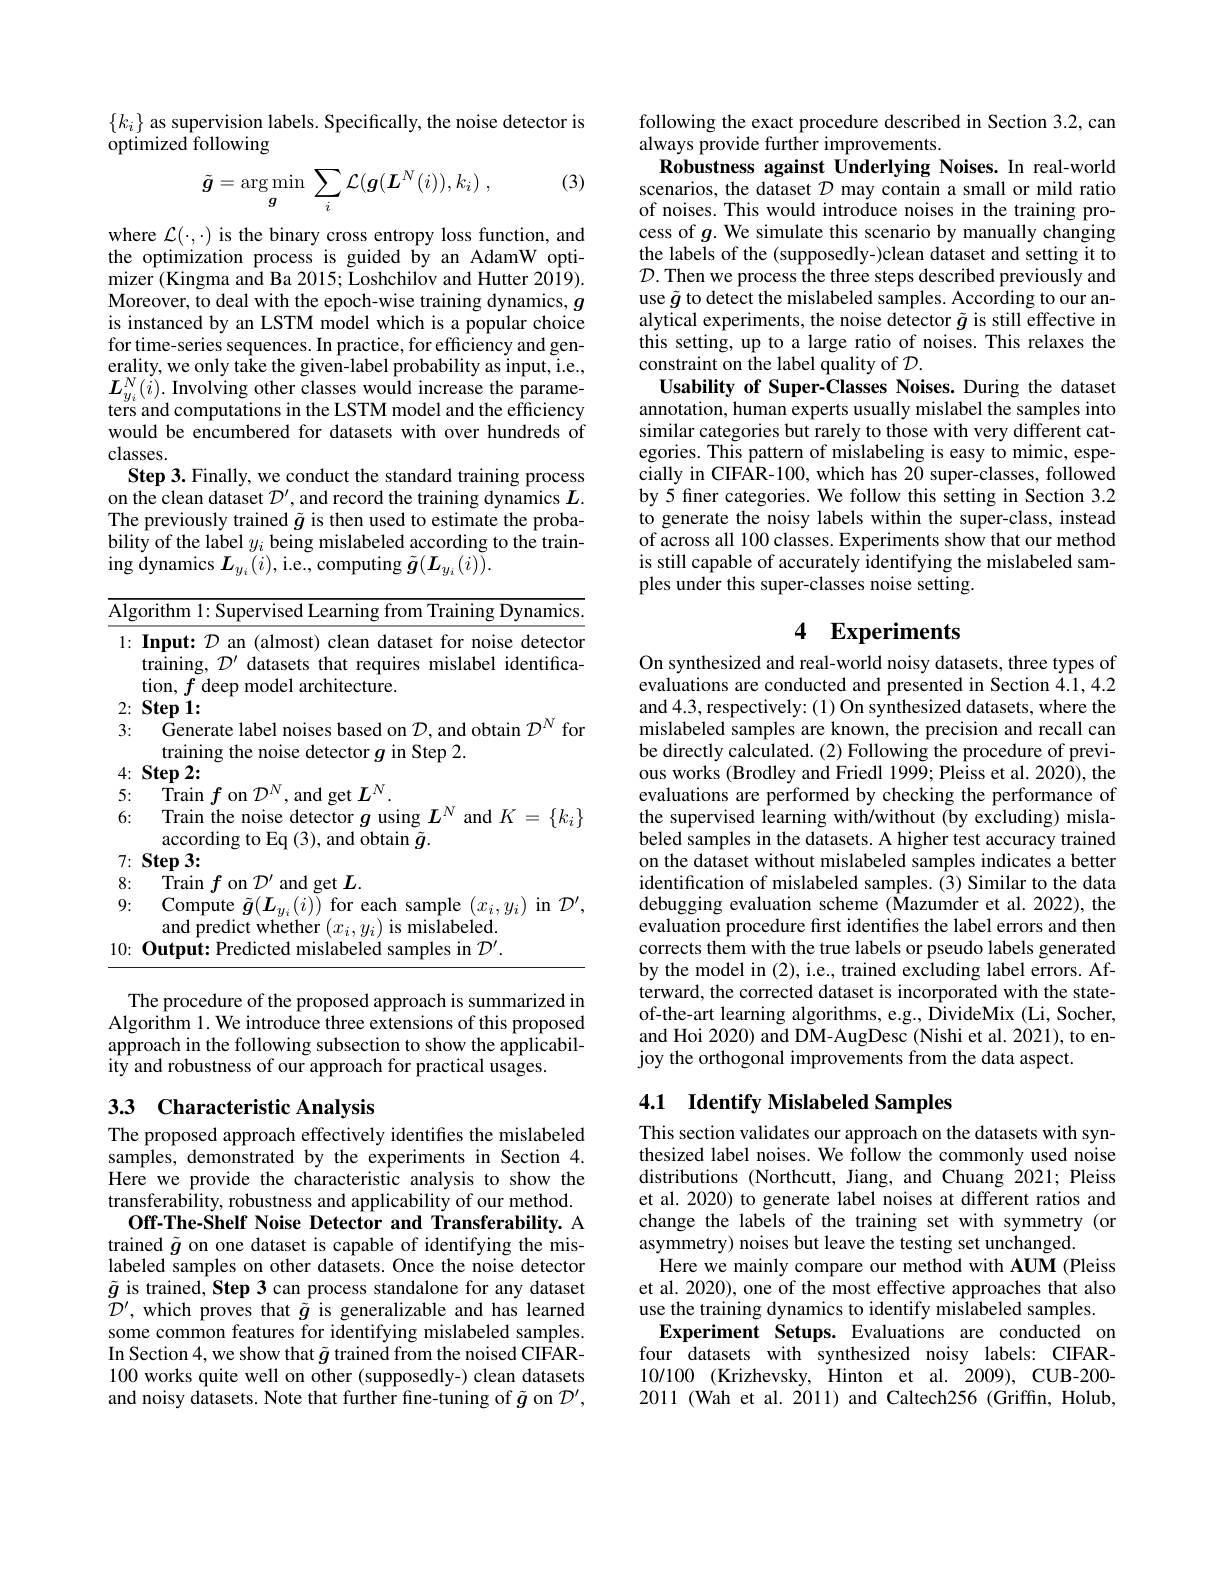
$\{k_i\}$ as supervision labels. Specifically, the noise detector is
optimized following

(3)
$$\tilde{\boldsymbol{g}}=\underset{\boldsymbol{g}}{\arg\operatorname*{min}}\:\sum_{i}\mathcal{L}(\boldsymbol{g}(\boldsymbol{L}^{N}(i)),k_{i})\:,$$
where $\mathcal{L}(\cdot,\cdot)$ is the binary cross entropy loss function, and the optimization process is guided by an AdamW optimizer (Kingma and Ba 2015; Loshchilov and Hutter 2019). $\begin{array}{l}\text{Moreover, to deal with the epoch-wise training dynamics,}g\\\text{is instanced by an LSTM model which is a popular choice}\end{array}$ for time-series sequences. In practice, for efficiency and generality, we only take the given-label probability as input, i.e., $\boldsymbol{L}_{y_{i}}^{N}(i).$ Involving other classes would increase the parameters and computations in the LSTM model and the efficiency would be encumbered for datasets with over hundreds of classes.
Step 3. Finally, we conduct the standard training process on the clean dataset $\mathcal{D}^\prime$,and record the training dynamics $L.$ The previously trained $\tilde{g}$ is then used to estimate the probability of the label $y_{i}$ being mislabeled according to the training dynamics $L_{y_{i}}(i)$,i.e., computing $\tilde{\boldsymbol{g}}(\boldsymbol{L}_{y_{i}}(i)).$

<table>
	<tbody>
		<tr>
			<td>$\overline{\mathrm{Al}_{\xi}}$ I</td>
			<td>$2rithm$ vmamics</td>
		</tr>
		<tr>
			<td>1:</td>
			<td>Input: $\mathcal{D}$ an (almost) clean dataset for noise detecton training, $D^{\prime}$ datasets that requires mislabel identifica- tion, $f$ deep model architecture.</td>
		</tr>
		<tr>
			<td>2: 1 · </td>
			<td>$\mathbf{fem}$</td>
		</tr>
		<tr>
			<td>3:</td>
			<td>$\dot{\text{Generate label noises based on }\mathcal{D}}$,and obtain $\mathcal{D}^N$ for 711 Sten ${\mathcal{2} }$</td>
		</tr>
		<tr>
			<td>4: $\bullet$</td>
			<td>$\mathbf{Sten2}$</td>
		</tr>
		<tr>
			<td>5 $\bullet$</td>
			<td>Train $f_{\mathrm{~on~}}\mathcal{T}^{\mathrm{V}}$ and d qet $I_{N}$</td>
		</tr>
		<tr>
			<td>6:</td>
			<td>Train the noise detector $g$ using $L^N$ a $\operatorname{and}K=\{k_{i}\}$ $ar$ $\operatorname{ing}$to Fa(3) and ohtain $1a$</td>
		</tr>
		<tr>
			<td>7: $\bullet$</td>
			<td>$\mathbf{Step3:}$</td>
		</tr>
		<tr>
			<td>8 $\bullet$ 1 1</td>
			<td>Train 1 0n$\mathcal{T} ^\prime$ and 1. get $L$</td>
		</tr>
		<tr>
			<td>9:</td>
			<td>Compute $\tilde{\boldsymbol{g}}(\boldsymbol{L}_{y_{i}}(i))$ for each sample $(x_i,y_{i})$ in $\mathcal{D}^\prime$ and nredictwhether mislaheled</td>
		</tr>
		<tr>
			<td>10:</td>
			<td>$7D^{\prime}$ mislahelen</td>
		</tr>
	</tbody>
</table>

The procedure of the proposed approach is summarized in Algorithm 1. We introduce three extensions of this proposed approach in the following subsection to show the applicability and robustness of our approach for practical usages.

# 33 Characteristic Analysis

The proposed approach effectively identifies the mislabeled samples, demonstrated by the experiments in Section 4. Here we provide the characteristic analysis to show the transferability, robustness and applicability of our method.
Off-The-Shelf Noise Detector and Transferability. A trained $\tilde{g}$ on one dataset is capable of identifying the mislabeled samples on other datasets. Once the noise detector $\tilde{g}$ is trained, Step 3 can process standalone for any dataset $\bar{\mathcal{D}}^{\prime}$, which proves that $\tilde{\tilde{g}}$ is generalizable and has learned some common features for identifying mislabeled samples. In Section 4, we show that $\tilde{g}$ trained from the noised CIFAR- 100 works quite well on other (supposedly-) clean datasets and noisy datasets. Note that further fine-tuning of $\tilde{g}$ on $\mathcal{D}^\prime$,

following the exact procedure described in Section 3.2, can
always provide further improvements.
Robustness against Underlying Noises. In real-world scenarios, the dataset $\mathcal{D}$ may contain a small or mild ratio of noises. This would introduce noises in the training process of $g.$ We simulate this scenario by manually changing the labels of the (supposedly-)clean dataset and setting it to $\mathcal{D}.$ Then we process the three steps described previously and use $\tilde{g}$ to detect the mislabeled samples. According to our analytical experiments, the noise detector $\tilde{g}$ is still effective in this setting, up to a large ratio of noises. This relaxes the constraint on the label quality of $\mathcal{D}.$
Usability of Super-Classes Noises. During the dataset annotation, human experts usually mislabel the samples into similar categories but rarely to those with very different categories. This pattern of mislabeling is easy to mimic, especially in CIFAR-100, which has 20 super-classes, followed by 5 finer categories. We follow this setting in Section 3.2 to generate the noisy labels within the super-class, instead of across all 100 classes. Experiments show that our method is still capable of accurately identifying the mislabeled samples under this super-classes noise setting.

# 4 Experiments

On synthesized and real-world noisy datasets, three types of evaluations are conducted and presented in Section 4.1,4.2 and 4.3,respectively:(1) On synthesized datasets, where the mislabeled samples are known, the precision and recall can be directly calculated. (2) Following the procedure of previous works (Brodley and Friedl 1999; Pleiss et al. 2020), the evaluations are performed by checking the performance of the supervised learning with/without (by excluding) mislabeled samples in the datasets. A higher test accuracy trained on the dataset without mislabeled samples indicates a better identification of mislabeled samples.(3) Similar to the data debugging evaluation scheme (Mazumder et al.2022), the evaluation procedure first identifies the label errors and then corrects them with the true labels or pseudo labels generated by the model in (2), i.e., trained excluding label errors. Afterward, the corrected dataset is incorporated with the stateof-the-art learning algorithms, e.g., DivideMix (Li, Socher, and Hoi 2020) and DM-AugDesc (Nishi et al. 2021), to enjoy the orthogonal improvements from the data aspect.

### 4.1 Identify Mislabeled Samples

This section validates our approach on the datasets with synthesized label noises. We follow the commonly used noise distributions (Northcutt, Jiang, and Chuang 2021; Pleiss et al. 2020) to generate label noises at different ratios and change the labels of the training set with symmetry (or asymmetry) noises but leave the testing set unchanged.
Here we mainly compare our method with AUM (Pleiss et al. 2020), one of the most effective approaches that also use the training dynamics to identify mislabeled samples.
Experiment Setups. Evaluations are conducted on four datasets with synthesized noisy labels: CIFAR- 10/100 (Krizhevsky, Hinton et al. 2009), CUB-200- 2011 (Wah et al. 2011) and Caltech256 (Griffin, Holub,